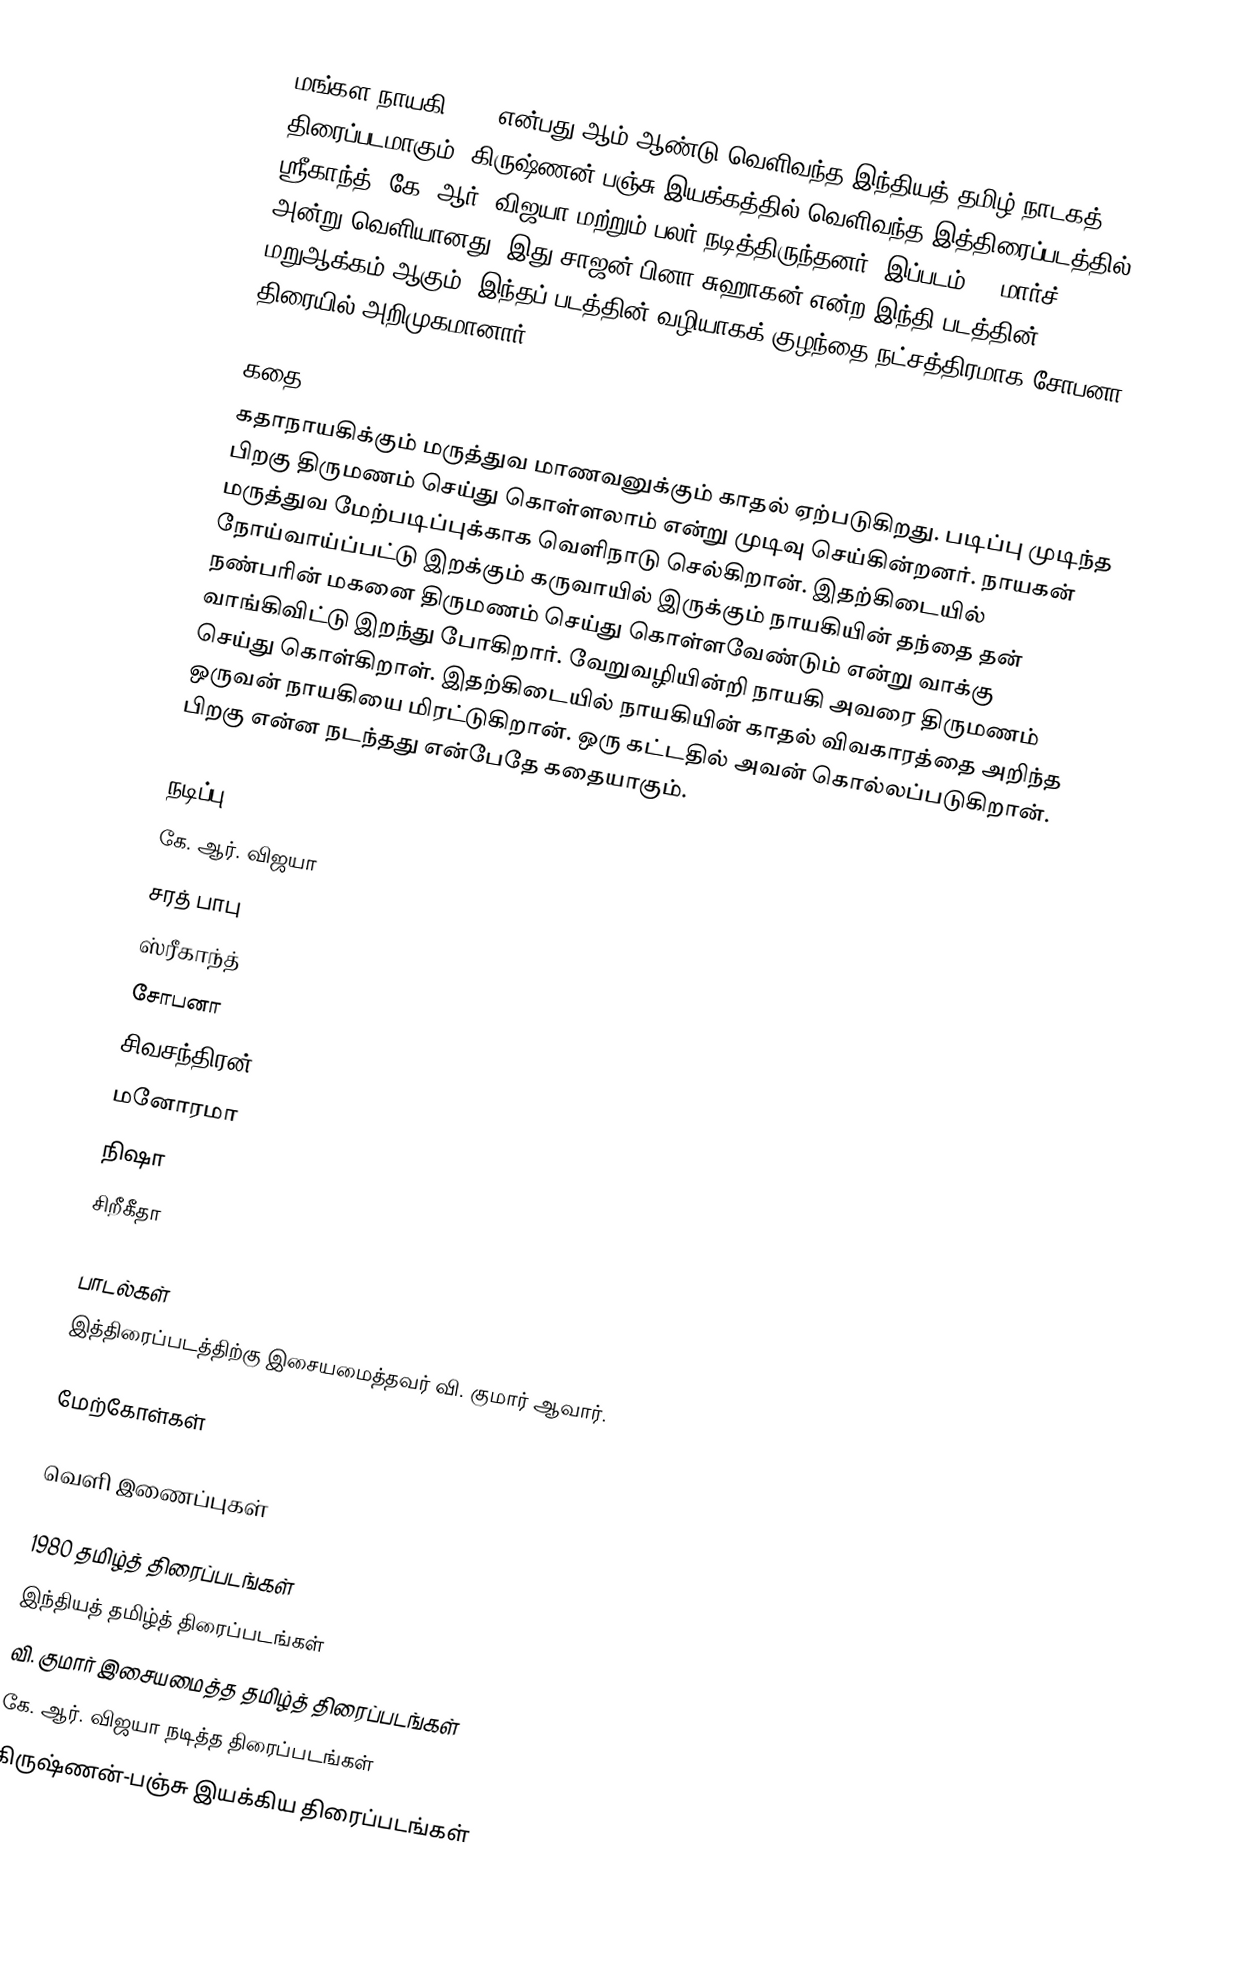
மங்கள நாயகி 1980 என்பது ஆம் ஆண்டு வெளிவந்த இந்தியத் தமிழ் நாடகத் திரைப்படமாகும். கிருஷ்ணன்-பஞ்சு இயக்கத்தில் வெளிவந்த இத்திரைப்படத்தில் ஸ்ரீகாந்த், கே. ஆர். விஜயா மற்றும் பலர் நடித்திருந்தனர். இப்படம் 21 மார்ச் 1980 அன்று வெளியானது. இது சாஜன் பினா சுஹாகன் என்ற இந்தி படத்தின் மறுஆக்கம் ஆகும். இந்தப் படத்தின் வழியாகக் குழந்தை நட்சத்திரமாக சோபனா திரையில் அறிமுகமானார்.

கதை
கதாநாயகிக்கும் மருத்துவ மாணவனுக்கும் காதல் ஏற்படுகிறது. படிப்பு முடிந்த பிறகு திருமணம் செய்து கொள்ளலாம் என்று முடிவு செய்கின்றனர். நாயகன் மருத்துவ மேற்படிப்புக்காக வெளிநாடு செல்கிறான். இதற்கிடையில் நோய்வாய்ப்பட்டு இறக்கும் கருவாயில் இருக்கும் நாயகியின் தந்தை தன் நண்பரின் மகனை திருமணம் செய்து கொள்ளவேண்டும் என்று வாக்கு வாங்கிவிட்டு இறந்து போகிறார். வேறுவழியின்றி நாயகி அவரை திருமணம் செய்து கொள்கிறாள். இதற்கிடையில் நாயகியின் காதல் விவகாரத்தை அறிந்த ஒருவன் நாயகியை மிரட்டுகிறான். ஒரு கட்டதில் அவன் கொல்லப்படுகிறான். பிறகு என்ன நடந்தது என்பேதே கதையாகும்.

நடிப்பு
கே. ஆர். விஜயா
சரத் பாபு
ஸ்ரீகாந்த்
சோபனா
சிவசந்திரன்
மனோரமா
நிஷா
சிறீகீதா

பாடல்கள்
இத்திரைப்படத்திற்கு இசையமைத்தவர் வி. குமார் ஆவார்.

மேற்கோள்கள்

வெளி இணைப்புகள்

1980 தமிழ்த் திரைப்படங்கள்
இந்தியத் தமிழ்த் திரைப்படங்கள்
வி. குமார் இசையமைத்த தமிழ்த் திரைப்படங்கள்
கே. ஆர். விஜயா நடித்த திரைப்படங்கள்
கிருஷ்ணன்-பஞ்சு இயக்கிய திரைப்படங்கள்